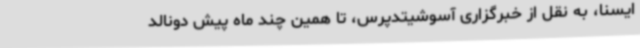
ایسنا، به نقل از خبرگزاری آسوشیتدپرس، تا همین چند ماه پیش دونالد